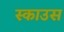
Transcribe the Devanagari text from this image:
स्काउस